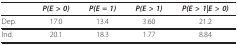
<table><thead><tr><td></td><td><b><i>P(E &gt; 0)</i></b></td><td><b><i>P(E = 1)</i></b></td><td><b><i>P(E &gt; 1)</i></b></td><td><b><i>P(E &gt; 1|E &gt; 0)</i></b></td></tr></thead><tbody><tr><td>Dep.</td><td>17.0</td><td>13.4</td><td>3.60</td><td>21.2</td></tr><tr><td>Ind.</td><td>20.1</td><td>18.3</td><td>1.77</td><td>8.84</td></tr></tbody></table>